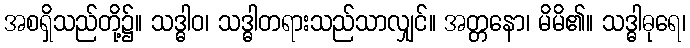
အစရှိသည်တို့၌။ သဒ္ဓါဝ၊ သဒ္ဓါတရားသည်သာလျှင်။ အတ္တနော၊ မိမိ၏။ သဒ္ဓါဓုရေ၊